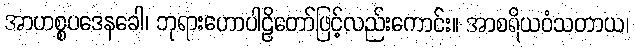
အာဟစ္စပဒေနခေါ၊ ဘုရားဟောပါဠိတော်ဖြင့်လည်းကောင်း။ အာစရိယဝံသတာယ၊